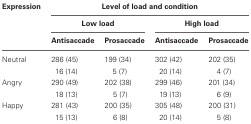
| Expression | <COLSPAN=4> Level of load and condition |
 |  | <COLSPAN=2> Low load | <COLSPAN=2> High load |
 |  | Antisaccade | Prosaccade | Antisaccade | Prosaccade |
 | --- | --- | --- | --- | --- |
 | Neutral | 286 (45) | 199 (34) | 302 (42) | 202 (35) |
 |  | 16 (14) | 5 (7) | 20 (14) | 4 (7) |
 | Angry | 290 (49) | 202 (38) | 299 (46) | 201 (34) |
 |  | 18 (13) | 5 (7) | 19 (13) | 6 (9) |
 | Happy | 281 (43) | 200 (35) | 305 (48) | 200 (31) |
 |  | 15 (13) | 6 (8) | 20 (14) | 5 (8) |